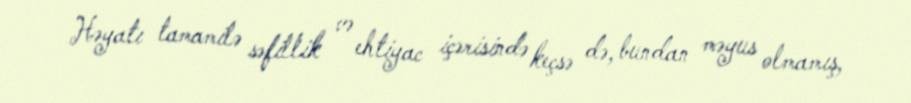
Həyatı tamamilə səfillik və ehtiyac içərisində keçsə də, bundan məyus olmamış,